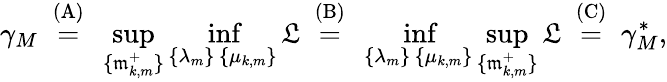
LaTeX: \gamma_{M}~\stackrel{\mathrm{(A)}}{=}~\operatorname*{sup}_{\{ \mathfrak{m}_{k,m}^{+}\} }\operatorname*{inf}_{\substack{\{ \lambda_{m}\} \, \{ \mu_{k,m}\} }}\mathfrak{L}~\stackrel{\mathrm{(B)}}{=}~\operatorname*{inf}_{\substack{\{ \lambda_{m}\} \, \{ \mu_{k,m}\} }}\operatorname*{sup}_{\{ \mathfrak{m}_{k,m}^{+}\} }\mathfrak{L}~\stackrel{\mathrm{(C)}}{=}~\gamma_{M}^{\ast},